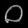
Digit: ၀